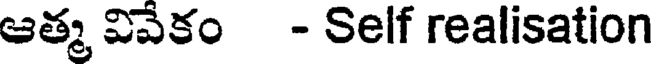
ఆత్మ వివేకం - Self realisation